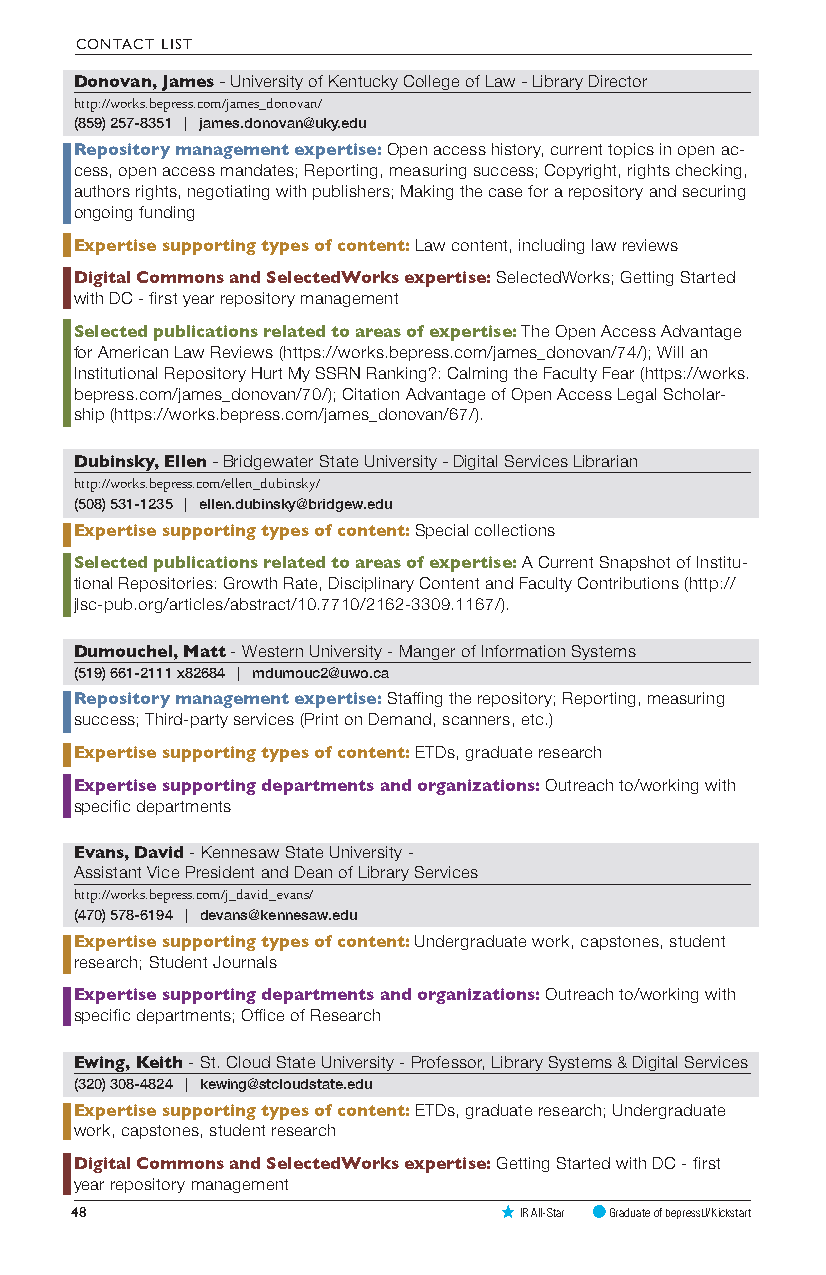
CONTACT LIST
 Donovan, James - University of Kentucky College of Law - Library Director
 http://works.bepress.com/james_donovan/
 (859) 257-8351 | james.donovan@uky.edu
 Repository management expertise: Open access history, current topics in open ac-
 cess, open access mandates; Reporting, measuring success; Copyright, rights checking,
 authors rights, negotiating with publishers; Making the case for a repository and securing
 ongoing funding
 Expertise supporting types of content: Law content, including law reviews
 Digital Commons and SelectedWorks expertise: SelectedWorks; Getting Started
 with DC - first year repository management
 Selected publications related to areas of expertise: The Open Access Advantage
 for American Law Reviews (https://works.bepress.com/james_donovan/74/); Will an
 Institutional Repository Hurt My SSRN Ranking?: Calming the Faculty Fear (https://works.
 bepress.com/james_donovan/70/); Citation Advantage of Open Access Legal Scholar-
 ship (https://works.bepress.com/james_donovan/67/).
 Dubinsky, Ellen - Bridgewater State University - Digital Services Librarian
 http://works.bepress.com/ellen_dubinsky/
 (508) 531-1235 | ellen.dubinsky@bridgew.edu
 Expertise supporting types of content: Special collections
 Selected publications related to areas of expertise: A Current Snapshot of Institu-
 tional Repositories: Growth Rate, Disciplinary Content and Faculty Contributions (http://
 jlsc-pub.org/articles/abstract/10.7710/2162-3309.1167/).
 Dumouchel, Matt - Western University - Manger of Information Systems
 (519) 661-2111 x82684 | mdumouc2@uwo.ca
 Repository management expertise: Staffing the repository; Reporting, measuring
 success; Third-party services (Print on Demand, scanners, etc.)
 Expertise supporting types of content: ETDs, graduate research
 Expertise supporting departments and organizations: Outreach to/working with
 specific departments
 Evans, David - Kennesaw State University -
 Assistant Vice President and Dean of Library Services
 http://works.bepress.com/j_david_evans/
 (470) 578-6194 | devans@kennesaw.edu
 Expertise supporting types of content: Undergraduate work, capstones, student
 research; Student Journals
 Expertise supporting departments and organizations: Outreach to/working with
 specific departments; Office of Research
 Ewing, Keith - St. Cloud State University - Professor, Library Systems & Digital Services
 (320) 308-4824 | kewing@stcloudstate.edu
 Expertise supporting types of content: ETDs, graduate research; Undergraduate
 work, capstones, student research
 Digital Commons and SelectedWorks expertise: Getting Started with DC - first
 year repository management
 48                           IR All-Star Graduate of bepressU/Kickstart